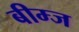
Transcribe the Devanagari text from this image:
बीम्ज